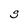
Character: S